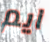
ايم